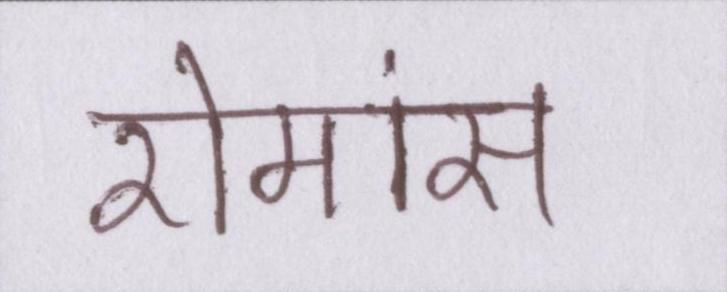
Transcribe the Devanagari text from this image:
रोमांस